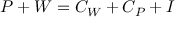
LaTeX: \textstyle P + W = C _ { W } + C _ { P } + I \,